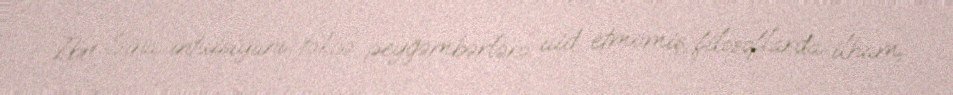
İbn Sina intuisiyanı təkcə peyğəmbərlərə aid etməmiş, filosoflarda ilham,